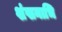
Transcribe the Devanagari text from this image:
शंखनाभि